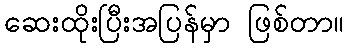
ဆေးထိုးပြီးအပြန်မှာ ဖြစ်တာ။